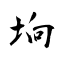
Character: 垧